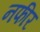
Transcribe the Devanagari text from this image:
नफीर